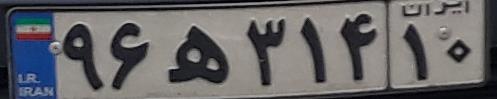
۹۶ه۳۱۴۱۰